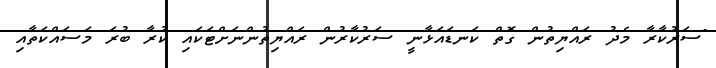
"ސަރުކާރާ މެދު ރައްޔިތުން ގޮތް ކަނޑައަޅާނީ ސަރުކާރުން ރައްޔިތުންނަށްޓަކައި ކުރާ ބުރަ މަސައްކަތާއި